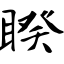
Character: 睽